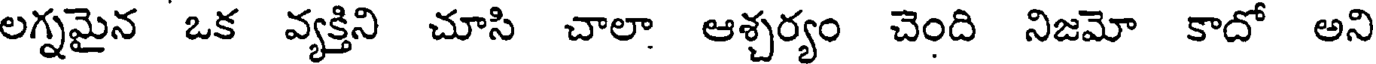
లగ్నమైన ఒక వ్యక్తిని చూసి చాలా ఆశ్చర్యం చెంది నిజమో కాదో అని